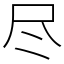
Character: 尽